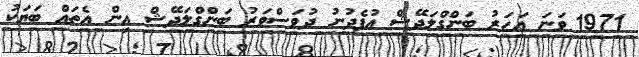
1971 ވަނަ އަހަރު ބަންގްލަދޭޝް އުފެދުނު ދުވަސްވަރު ބަންގްލަދޭޝް އިން އެތައް ބަޔަކު